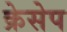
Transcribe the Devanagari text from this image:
क्रेसेप